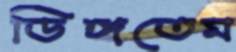
ডিঙ্গতেম